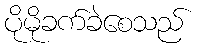
ပိုမိုခက်ခဲစေသည်